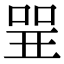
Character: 𠶬